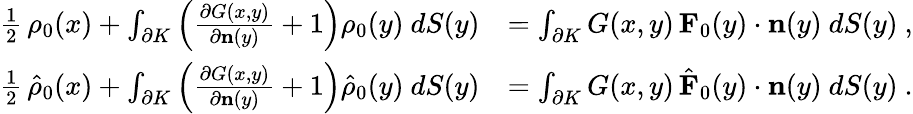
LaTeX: \begin{array}{rl}{\frac 12\, \rho_{0}(x)+\int_{\partial K}\left(\frac{\partial G(x,y)}{\partial\mathbf{n}(y)}+1\right)\rho_{0}(y)~dS(y)}&{=\int_{\partial K}G(x,y)\, \mathbf{F}_{0}(y)\cdot\mathbf{n}(y)~dS(y)~,}\\ {\frac 12\, \hat{\rho}_{0}(x)+\int_{\partial K}\left(\frac{\partial G(x,y)}{\partial\mathbf{n}(y)}+1\right)\hat{\rho}_{0}(y)~dS(y)}&{=\int_{\partial K}G(x,y)\, \hat{\mathbf{F}}_{0}(y)\cdot\mathbf{n}(y)~dS(y)~.}\end{array}